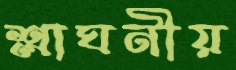
শ্লাঘনীয়